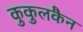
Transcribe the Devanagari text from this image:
कुकुलकैन